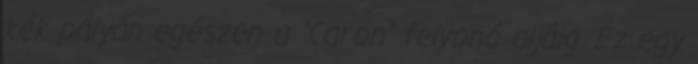
kék pályán egészen a "Caron" felvonó aljáig. Ez egy